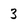
Character: 3